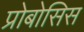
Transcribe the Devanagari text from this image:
प्रोबोसिस